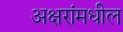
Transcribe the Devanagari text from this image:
अक्षरांमधील